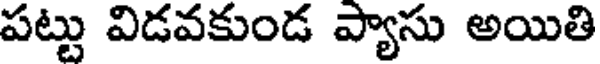
పట్టు విడవకుండ ప్యాసు అయితి